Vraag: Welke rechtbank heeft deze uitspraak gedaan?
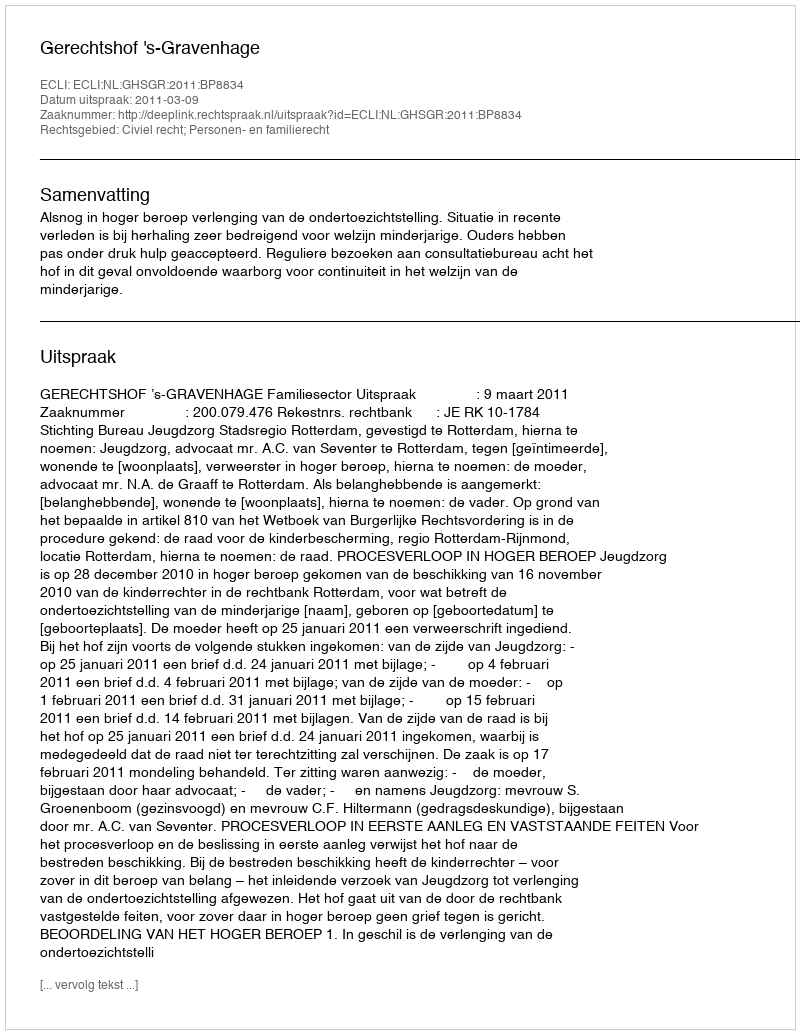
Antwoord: Gerechtshof 's-Gravenhage